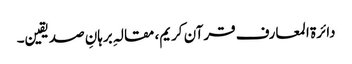
دائرة‌ المعارف قرآن کریم، مقالہِ برہانِ صدیقین۔